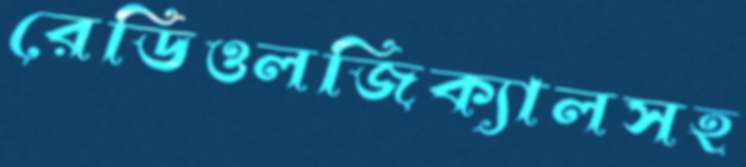
রেডিওলজিক্যালসহ